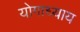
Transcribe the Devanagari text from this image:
योगाध्याय